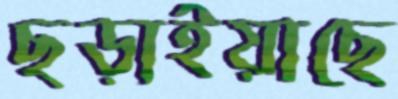
ছড়াইয়াছে